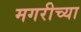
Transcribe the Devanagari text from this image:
मगरीच्या